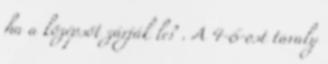
ha a középsőt zárják le? . A 4-6-ost tavaly